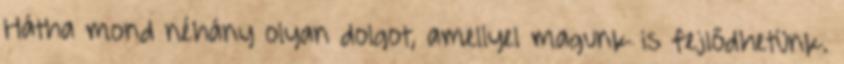
Hátha mond néhány olyan dolgot, amellyel magunk is fejlődhetünk.